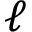
\ell